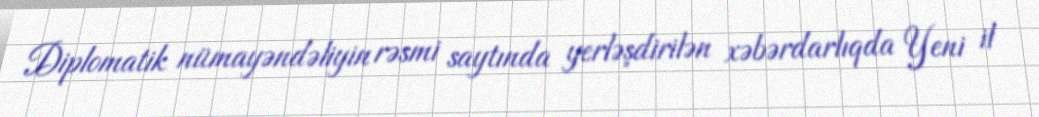
Diplomatik nümayəndəliyin rəsmi saytında yerləşdirilən xəbərdarlıqda Yeni il